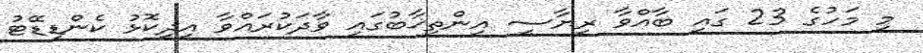
މި މަހުގެ 23 ގައި ބާއްވާ ރިޔާސީ އިންތިޚާބުގައި ވާދަކުރައްވާ އިދިކޮޅު ކެންޑިޑޭޓު